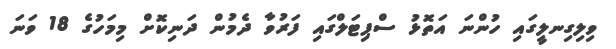
ވިލިގިނލީގައި ހުންނަ އަތޮޅު ސްޕިޓަލްގައި ފަރުވާ ދެމުން ދަނިކޮށް މިމަހުގެ 18 ވަނަ